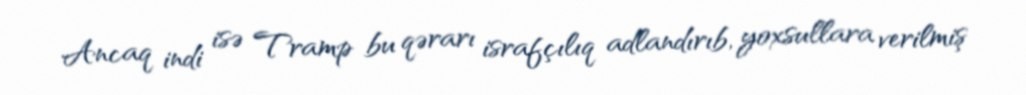
Ancaq indi isə Tramp bu qərarı israfçılıq adlandırıb, yoxsullara verilmiş